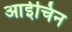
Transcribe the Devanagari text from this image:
आईचिन